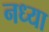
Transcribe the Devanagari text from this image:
नध्या